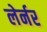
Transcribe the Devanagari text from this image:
लेर्नर